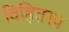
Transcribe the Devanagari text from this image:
विहितस्य